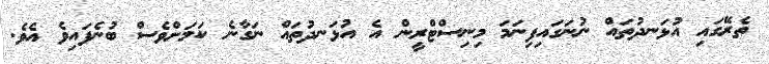
ތެރޭގައި އުޅަނދުތައް ނުނަގައިފިނަމަ މިނިސްޓްރީން އެ އުޅަނދުތައް ނަގާނެ ކަމަށްވެސް ބުނެފައިވެ އެވެ.